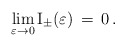
\begin{align*}\lim_{\varepsilon\to 0} {\rm I}_\pm(\varepsilon) \,=\, 0\,.\end{align*}